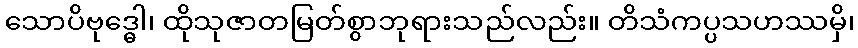
သောပိဗုဒ္ဓေါ၊ ထိုသုဇာတမြတ်စွာဘုရားသည်လည်း။ တိသံကပ္ပသဟဿမှိ၊